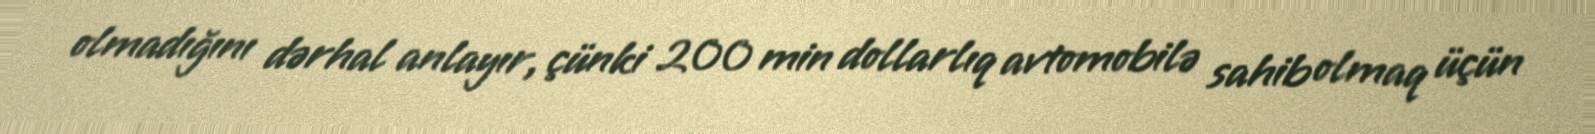
olmadığını dərhal anlayır, çünki 200 min dollarlıq avtomobilə sahib olmaq üçün